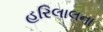
હરિલાલના